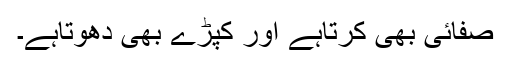
صفائی بھی کرتاہے اور کپڑے بھی دھوتاہے۔